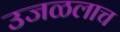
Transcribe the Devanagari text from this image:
उजळलाच